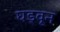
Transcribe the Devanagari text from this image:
घड्वून